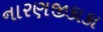
નારણજીકાકા